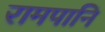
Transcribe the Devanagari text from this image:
रामपानि